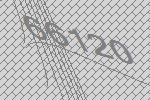
66120